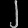
Digit: ၂